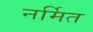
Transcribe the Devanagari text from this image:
नर्मित